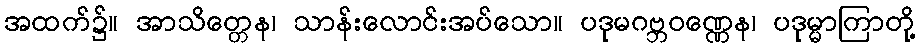
အထက်၌။ အာသိတ္တေန၊ သာန်းလောင်းအပ်သော။ ပဒုမဂဗ္ဘဝဏ္ဏေန၊ ပဒုမ္မာကြာတို့